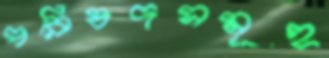
পরিষদসমূহ